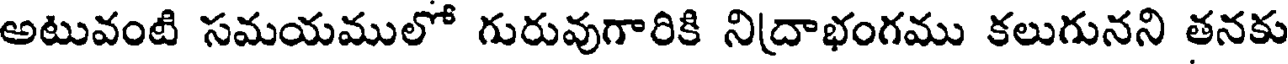
అటువంటి సమయములో గురువుగారికి నిద్రాభంగము కలుగునని తనకు